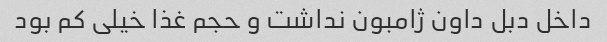
داخل دبل داون ژامبون نداشت و حجم غذا خیلی کم بود